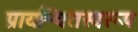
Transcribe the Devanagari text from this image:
प्रायश्चितस्वरूप